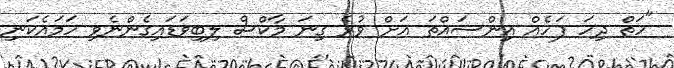
"ހަތް ދިހަ ފަހެއް އިންސައްތަ އަށް ވުރެ ގިނަ މާކްސް ލިބިވަޑައިގެންނެވި ހަމައެކަނި